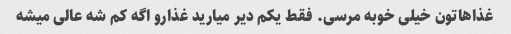
غذاهاتون خیلی خوبه مرسی. فقط یکم دیر میارید غذارو اگه کم شه عالی میشه